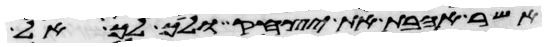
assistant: אשר אהבת את יצחק ולך לך אל